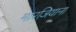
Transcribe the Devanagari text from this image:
मारजियाना